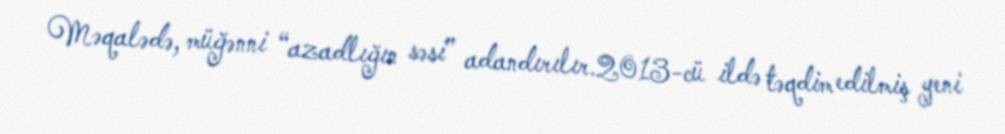
Məqalədə, müğənni “azadlığın səsi” adandırılır.2013-cü ildə təqdim edilmiş yeni